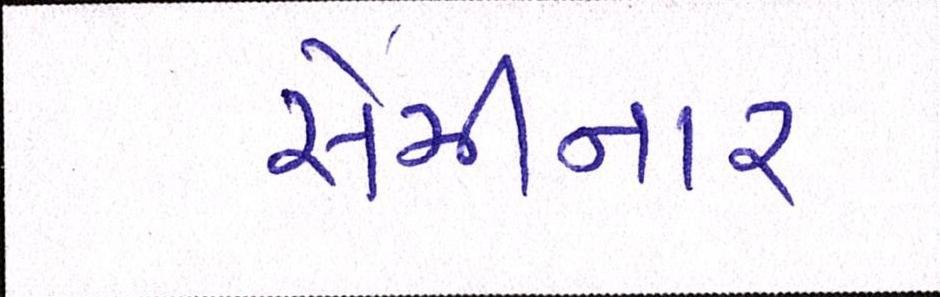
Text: સેમીનાર